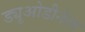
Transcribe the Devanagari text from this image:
ड्यूओडीनेल